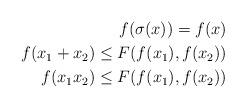
LaTeX: \begin{align*}f(\sigma(x)) = f(x) \\f(x_1+x_2) \leq F(f(x_1),f(x_2))\\ f(x_1 x_2) \leq F(f(x_1),f(x_2))\end{align*}